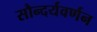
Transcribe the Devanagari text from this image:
सौन्दर्यवर्णन